Vaccination in Bombay 1863-1868 - 1863-1868
Year: 1863
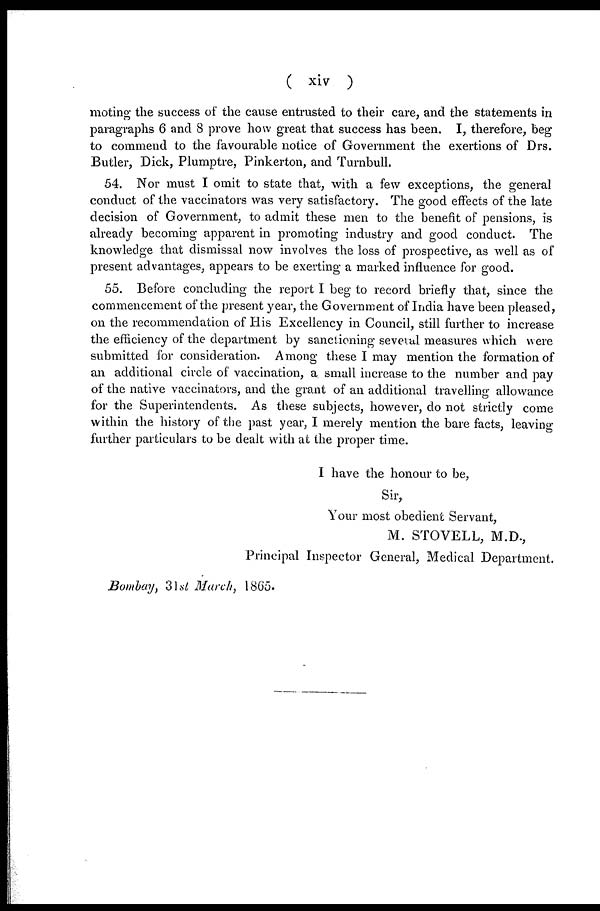
( xiv
)
moting the success of the cause entrusted to their care, and the statements in
paragraphs 6 and 8 prove how great that success has been. I, therefore, beg
to commend to the favourable notice of Government the exertions of Drs.
Butler, Dick, Plumptre, Pinkerton, and Turnbull.
54. Nor must I omit to state that, with a few exceptions, the general
conduct of the vaccinators was very satisfactory. The good effects of the late
decision of Government, to admit these men to the benefit of pensions, is
already becoming apparent in promoting industry and good conduct. The
knowledge that dismissal now involves the loss of prospective, as well as of
present advantages, appears to be exerting a marked influence for good.
55. Before concluding the report I beg to record briefly that, since the
commencement of the present year, the Government of India have been pleased,
on the recommendation of His Excellency in Council, still further to increase
the efficiency of the department by sanctioning several measures which were
submitted for consideration. Among these I may mention the formation of
an additional circle of vaccination, a small increase to the number and pay
of the native vaccinators, and the grant of an additional travelling allowance
for the Superintendents. As these subjects, however, do not strictly come
within the history of the past year, I merely mention the bare facts, leaving
further particulars to be dealt with at the proper time.
I have the honour to be,
Sir,
Your most obedient Servant,
M. STOVELL, M.D.,
Principal Inspector General, Medical Department.
Bombay, 31st March, 1865.